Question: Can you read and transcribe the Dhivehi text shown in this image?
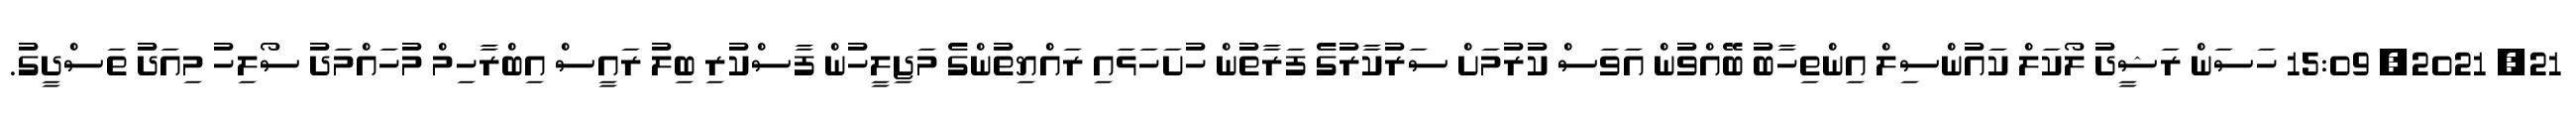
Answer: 21, 2021, 15:09 ހަސަން ރަޝީދު ލޯކަލް ކައުންސިލް އިންތިހާބު ބޭއްވުން އަވަސް ކުރުމަށް ސަރުކާރުގެ ފަރާތުން ހުށަހަޅައި ރައްޔިތުންގެ މަޖިލީހުން ފާސްކުރި ބިލު ރައީސް އިބްރާހިމް މުހައްމަދު ސޯލިހު މިއަދު ތަސްދީގު.